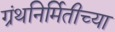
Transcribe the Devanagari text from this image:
ग्रंथनिर्मितीच्या